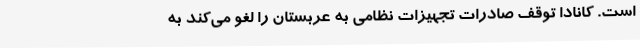
است. کانادا توقف صادرات تجهیزات نظامی به عربستان را لغو می‌کند به